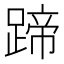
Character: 蹄